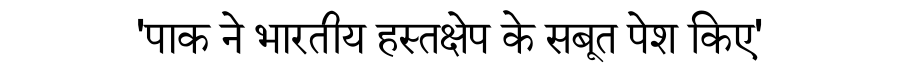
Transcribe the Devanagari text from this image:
'पाक ने भारतीय हस्तक्षेप के सबूत पेश किए'